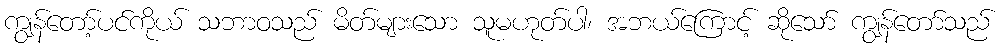
ကျွန်တော့်ပင်ကိုယ် သဘာဝသည် မိတ်များသော သူမဟုတ်ပါ၊ အဘယ်ကြောင့် ဆိုသော် ကျွန်တော်သည်